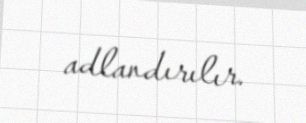
adlandırılır.